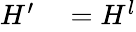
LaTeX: \begin{array}{rl}{H^{\prime}}&{{}=H^{l}}\end{array}